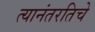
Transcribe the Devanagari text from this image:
त्यानंतरतिचे